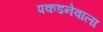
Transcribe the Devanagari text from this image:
पकडनेवाला